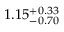
1 . 1 5 _ { - 0 . 7 0 } ^ { + 0 . 3 3 }